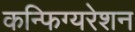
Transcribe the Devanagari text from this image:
कन्फिग्यरेशन